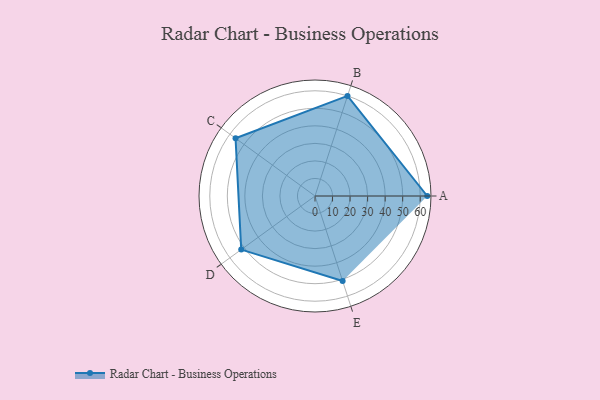
{"axis": {"x": "Skill", "y": "Score"}, "legend": ["Profile"], "data": [{"x": "A", "y": 64.0, "type": "Profile"}, {"x": "B", "y": 60.0, "type": "Profile"}, {"x": "C", "y": 56.0, "type": "Profile"}, {"x": "D", "y": 52.0, "type": "Profile"}, {"x": "E", "y": 51.0, "type": "Profile"}]}